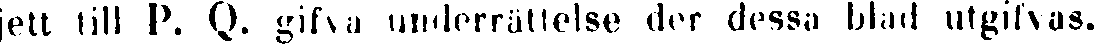
jett till P. Q. gifva underrättelse der dessa blad utgifvas.